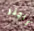
راجنر